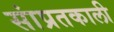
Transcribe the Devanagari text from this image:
सांप्रतकाली